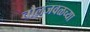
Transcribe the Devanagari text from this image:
चौलजवळच्या